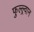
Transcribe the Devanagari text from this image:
फुल्ल्र्वान